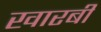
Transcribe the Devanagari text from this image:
खारबी